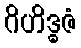
ဂိဟိဒ္ဓဇံ